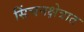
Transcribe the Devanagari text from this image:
सिंचनक्षेत्रात